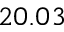
2 0 . 0 3